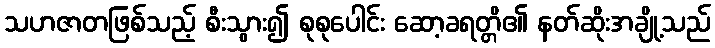
သဟဇာတဖြစ်သည့် စီးသွား၍ စုစုပေါင်း ဆော့ခရတ္တိ၏ နတ်ဆိုးအချို့သည်